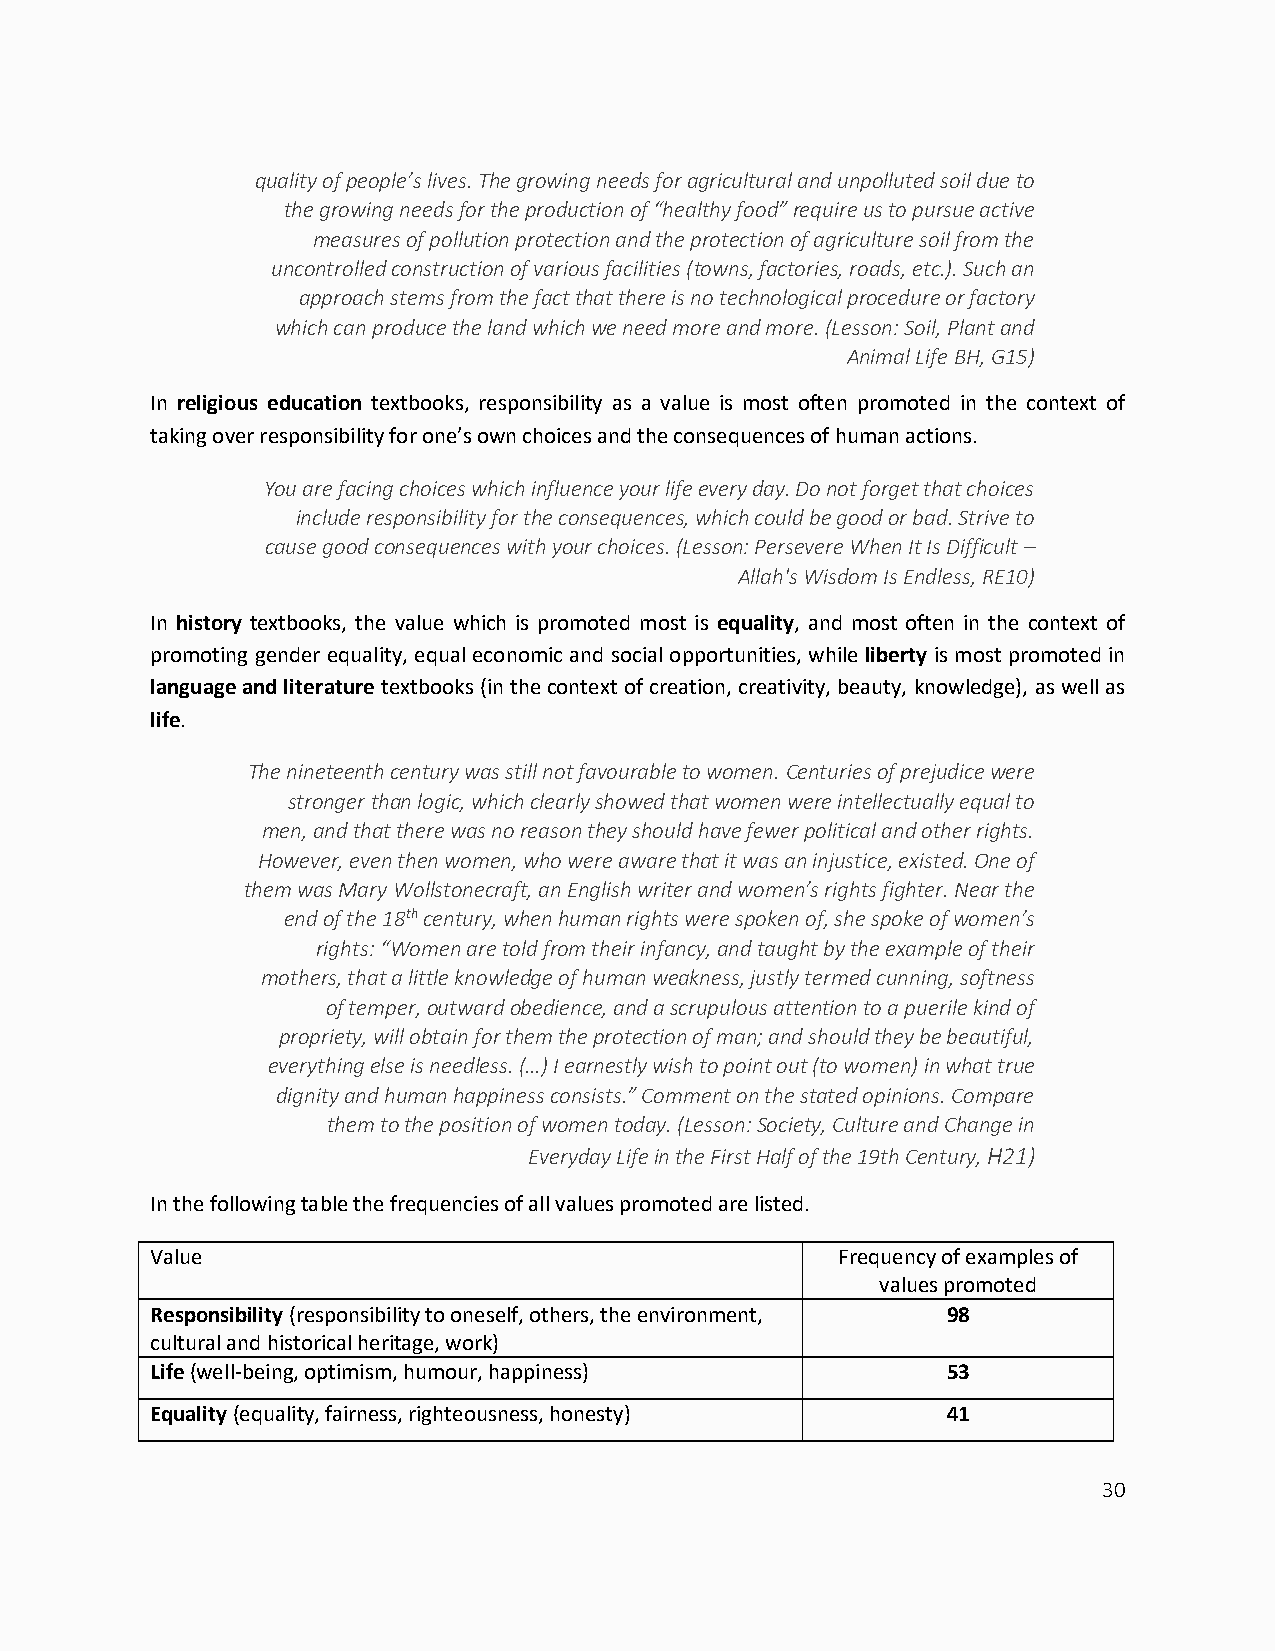
quality of people’s lives. The growing needs for agricultural and unpolluted soil due to
 the growing needs for the production of “healthy food” require us to pursue active
 measures of pollution protection and the protection of agriculture soil from the
 uncontrolled construction of various facilities (towns, factories, roads, etc.). Such an
 approach stems from the fact that there is no technological procedure or factory
 which can produce the land which we need more and more. (Lesson: Soil, Plant and
 Animal Life BH, G15)
 In religious education textbooks, responsibility as a value is most often promoted in the context of
 taking over responsibility for one’s own choices and the consequences of human actions.
 You are facing choices which influence your life every day. Do not forget that choices
 include responsibility for the consequences, which could be good or bad. Strive to
 cause good consequences with your choices. (Lesson: Persevere When It Is Difficult –
 Allah's Wisdom Is Endless, RE10)
 In history textbooks, the value which is promoted most is equality, and most often in the context of
 promoting gender equality, equal economic and social opportunities, while liberty is most promoted in
 language and literature textbooks (in the context of creation, creativity, beauty, knowledge), as well as
 life.
 The nineteenth century was still not favourable to women. Centuries of prejudice were
 stronger than logic, which clearly showed that women were intellectually equal to
 men, and that there was no reason they should have fewer political and other rights.
 However, even then women, who were aware that it was an injustice, existed. One of
 them was Mary Wollstonecraft, an English writer and women’s rights fighter. Near the
 end of the 18th century, when human rights were spoken of, she spoke of women’s
 rights: “Women are told from their infancy, and taught by the example of their
 mothers, that a little knowledge of human weakness, justly termed cunning, softness
 of temper, outward obedience, and a scrupulous attention to a puerile kind of
 propriety, will obtain for them the protection of man; and should they be beautiful,
 everything else is needless. (…) I earnestly wish to point out (to women) in what true
 dignity and human happiness consists.” Comment on the stated opinions. Compare
 them to the position of women today. (Lesson: Society, Culture and Change in
 Everyday Life in the First Half of the 19th Century, H21)
 In the following table the frequencies of all values promoted are listed.
 Value                                         Frequency of examples of
 values promoted
 Responsibility (responsibility to oneself, others, the environment, 98
 cultural and historical heritage, work)
 Life (well-being, optimism, humour, happiness)       53
 Equality (equality, fairness, righteousness, honesty) 41
 30